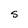
Character: S